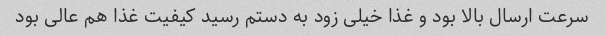
سرعت ارسال بالا بود و غذا خیلی زود به دستم رسید کیفیت غذا هم عالی بود